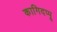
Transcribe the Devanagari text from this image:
कागिदप्पू